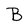
Character: B